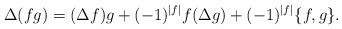
LaTeX: \begin{align*} \Delta(fg) = (\Delta f)g + (-1)^{|f|}f(\Delta g) + (-1)^{|f|}\{f,g\}.\end{align*}